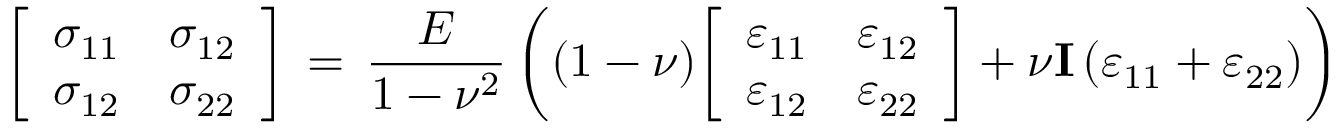
{ \left[ \begin{array} { l l } { \sigma _ { 1 1 } } & { \sigma _ { 1 2 } } \\ { \sigma _ { 1 2 } } & { \sigma _ { 2 2 } } \end{array} \right] } \, = \, { \frac { E } { 1 - \nu ^ { 2 } } } \left( ( 1 - \nu ) { \left[ \begin{array} { l l } { \varepsilon _ { 1 1 } } & { \varepsilon _ { 1 2 } } \\ { \varepsilon _ { 1 2 } } & { \varepsilon _ { 2 2 } } \end{array} \right] } + \nu \mathbf { I } \left( \varepsilon _ { 1 1 } + \varepsilon _ { 2 2 } \right) \right)